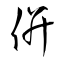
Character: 併